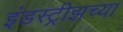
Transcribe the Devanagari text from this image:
इंडस्ट्रीझच्या